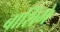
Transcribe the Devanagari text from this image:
बाशिंगे